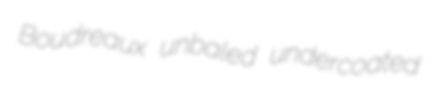
Boudreaux unbaled undercoated